Annual returns of the Patna Lunatic Asylum at Bankipore in Bihar and Orissa - 1912-1924
Year: 1912
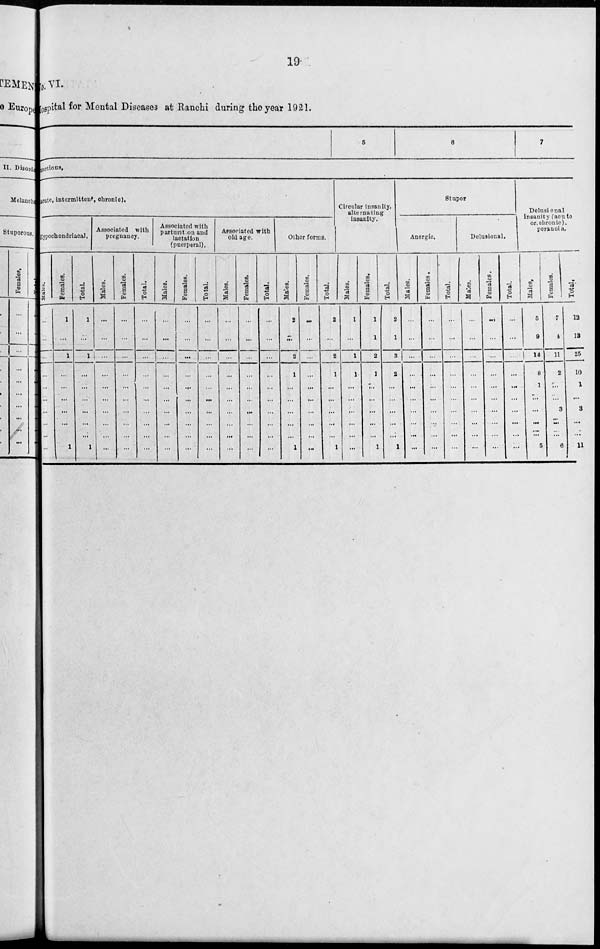
19
No. VI.
Hospital for Mental Diseases at Ranchi during the year 1921.
6
6
7
unctions.
acute, intermittent chronic).
Hypochondriacal.
Males.
...
...
...
...
...
...
...
...
...
...
Females.
1
...
1
...
...
...
...
...
...
1
Total.
1
...
1
...
...
...
...
...
...
1
Associated with
pregnancy.
Males.
...
...
...
...
...
...
...
...
...
...
Females.
...
...
...
...
...
...
...
...
...
...
Total.
...
...
...
...
...
...
...
...
...
...
Associated with
parturition and
lactation
(puerperal).
Males.
...
...
...
...
...
...
...
...
...
...
Females.
...
...
...
...
...
...
...
...
...
...
Total.
...
...
...
...
...
...
...
...
...
...
Associated with
old age.
Males.
...
...
...
....
...
...
...
...
...
...
Females.
...
...
...
...
...
...
..
...
...
...
Total.
...
...
...
...
...
...
...
...
...
...
Other forms.
Males.
2
...
2
1
...
...
...
...
...
1
Females.
...
...
...
...
...
...
...
...
...
...
Total.
2
...
2
1
...
...
...
...
...
1
Circular insanity,
alternating
insanity.
Males.
1
...
1
1
...
...
...
...
...
...
Females.
1
1
2
1
...
...
...
...
...
1
Total.
2
1
3
2
...
...
...
...
...
1
Stupor
Anergic.
Males.
...
...
...
...
...
...
...
...
...
...
Females.
...
...
...
...
...
...
...
...
...
...
Total.
...
...
...
...
...
...
...
...
...
...
Delusional.
Males.
...
...
...
. ..
...
...
...
...
...
...
Females.
...
...
...
...
...
...
...
...
...
...
Total.
...
...
...
...
...
...
...
...
...
...
Delusional
insanity (acute
or. chronic).
peranoia.
Males.
5
9
14
8
1
...
...
...
...
5
Females.
7
4
11
2
...
...
3
...
...
6
Total.
12
13
25
10
1
...
3
...
...
11